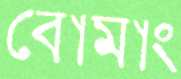
বোমাং